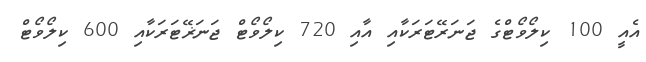
އެއީ 100 ކިލޯވޯޓްގެ ޖަނަރޭޓަރަކާއި އާއި 720 ކިލޯވޯޓް ޖަނަޜޭޓަރަކާއި 600 ކިލޯވޯޓް